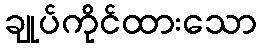
ချုပ်ကိုင်ထားသော